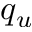
q _ { u }